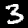
Label: 3